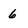
Character: 6